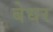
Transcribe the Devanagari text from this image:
बेधर